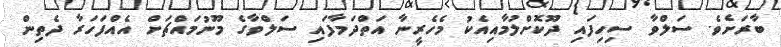
ބާރަށެވެ. ސަލްވާ ސިހިފައި ދޫކޮށްލުމާއިއެކު މެހެރީނާ އަތްދަމާފައި ސަލްވާގެ މޫނުމައްޗަށް އެއްފަހަރާ ދެތިން